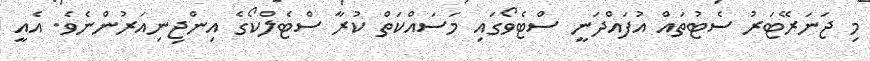
މި ޖަނަރޭޓަރު ސެޓުތައް އުފައްދަނީ ސްޓެވޯގައި މަސައްކަތް ކުރާ ސްޓެލްކޯގެ އިންޖިނިއަރުންނެވެ. އެއީ